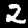
Digit: 2